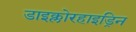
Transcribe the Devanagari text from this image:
डाइक्लोरहाइड्रिन